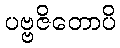
ပဗ္ဗဇိတောပိ